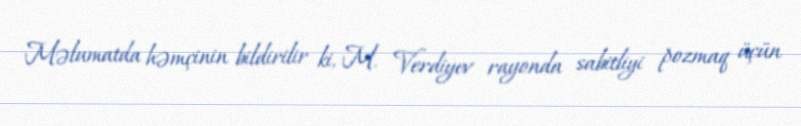
Məlumatda həmçinin bildirilir ki, M. Verdiyev rayonda sabitliyi pozmaq üçün